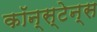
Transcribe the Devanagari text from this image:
कॉन्स्टेन्स